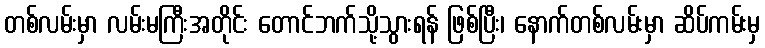
တစ်လမ်းမှာ လမ်းမကြီးအတိုင်း တောင်ဘက်သို့သွားရန် ဖြစ်ပြီး၊ နောက်တစ်လမ်းမှာ ဆိပ်ကမ်းမှ